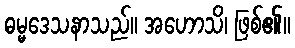
ဓမ္မဒေသနာသည်။ အဟောသိ၊ ဖြစ်၏။